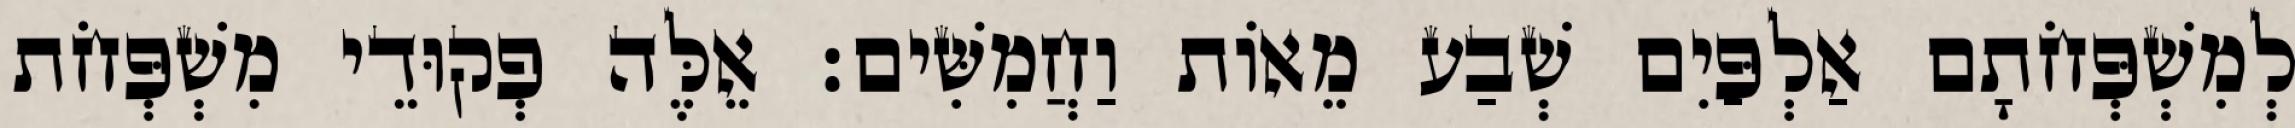
לְמִשְׁפְּחֹתָם אַלְפַּיִם שְׁבַע מֵאוֹת וַחֲמִשִּׁים׃ אֵלֶּה פְקוּדֵי מִשְׁפְּחֹת